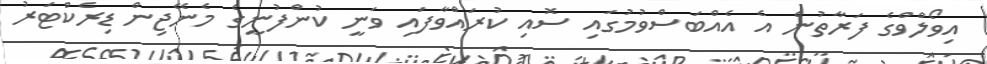
އިވޯލްވްގެ ފަރާތުން އެ އެއްބަސްވުމުގައި ސޮއި ކުރައްވާފައި ވަނީ ކުންފުނީގެ މެނޭޖިން ޑިރެކްޓަރު